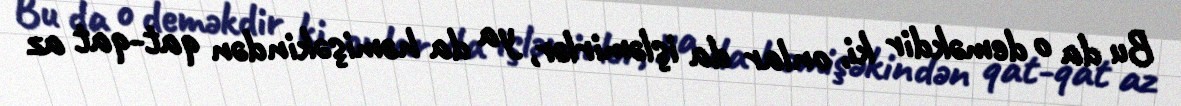
Bu da o deməkdir ki, onlar da işləmirlər, ya da həmişəkindən qat-qat az